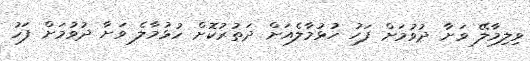
ވިލިމާލޭ ވަށާ ދުވުމަށް ފަހު ހުޅުމާލެއަށް ދަތުރުކޮށް ހުޅުމާލެ ވަށާ ދުވުމަށް ފަހު